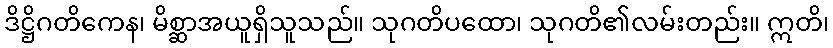
ဒိဋ္ဌိဂတိကေန၊ မိစ္ဆာအယူရှိသူသည်။ သုဂတိပထော၊ သုဂတိ၏လမ်းတည်း။ ဣတိ၊